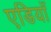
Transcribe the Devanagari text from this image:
एडियाँ